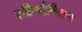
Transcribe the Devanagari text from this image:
एक्रिमोनियम